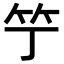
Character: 𥫙